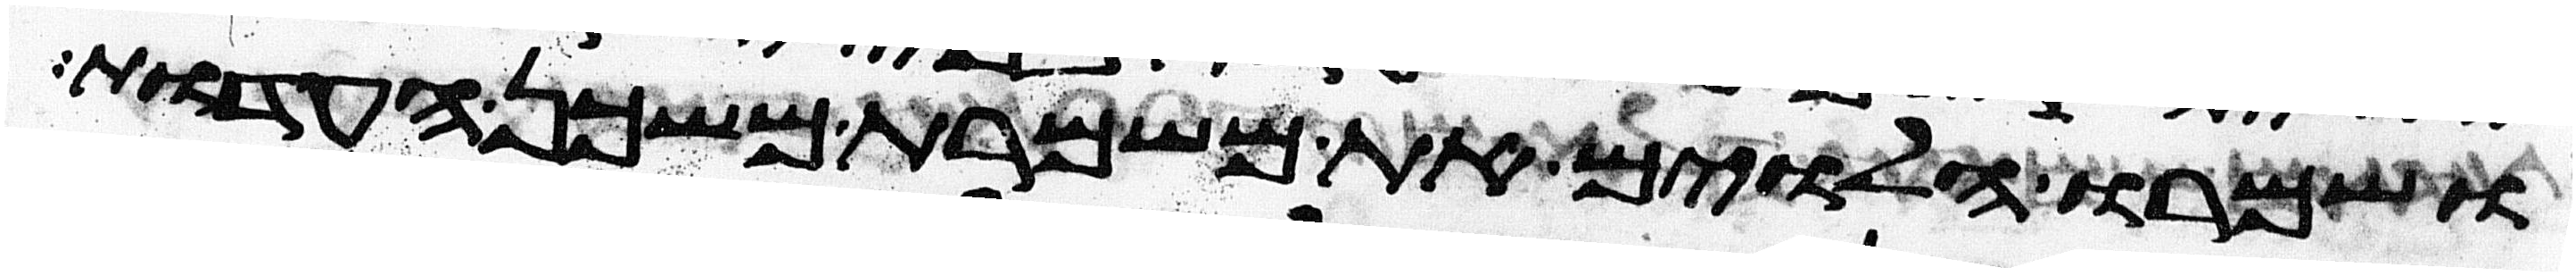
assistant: ושמרו הלוים את משמרת משכן העדות